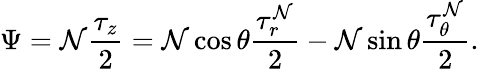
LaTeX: \Psi=\mathcal{N}\frac{{\tau_{z}}}{{2}}=\mathcal{N}\cos\theta\frac{{\tau_{r}^{\mathcal{N}}}}{{2}}-\mathcal{N}\sin\theta\frac{{\tau_{\theta}^{\mathcal{N}}}}{{2}}.